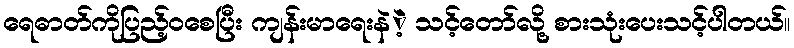
ရေဓာတ်ကိုပြည့်ဝစေပြီး ကျန်းမာရေးနဲဲ့ သင့်တော်လို့ စားသုံးပေးသင့်ပါတယ်။